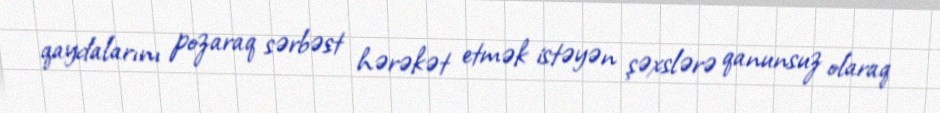
qaydalarını pozaraq sərbəst hərəkət etmək istəyən şəxslərə qanunsuz olaraq